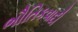
ભૌતિકવાદી